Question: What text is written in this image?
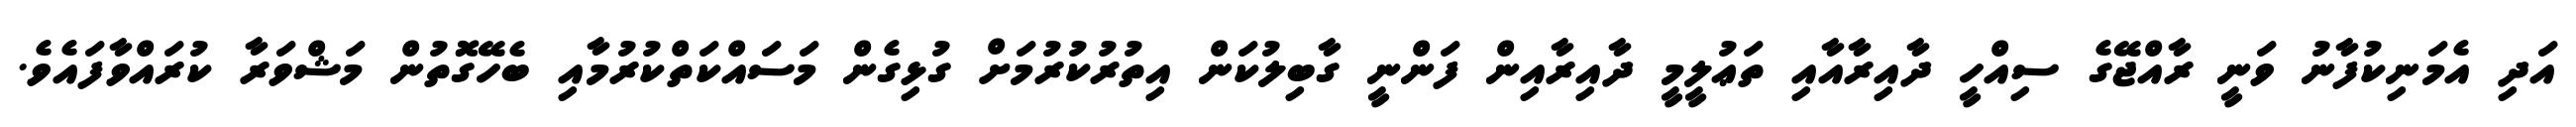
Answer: އަދި އެމަނިކުފާނު ވަނީ ރާއްޖޭގެ ސިއްހީ ދާއިރާއާއި ތަޢުލީމީ ދާއިރާއިން ފަންނީ ގާބިލުކަން އިތުރުކުރުމަށް ގުޅިގެން މަސައްކަތްކުރުމާއި ބެހޭގޮތުން މަޝްވަރާ ކުރައްވާފައެވެ.